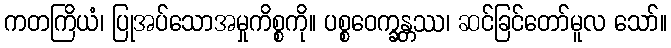
ကတကြိယံ၊ ပြုအပ်သောအမှုကိစ္စကို။ ပစ္စဝေက္ခန္တဿ၊ ဆင်ခြင်တော်မူလ သော်။